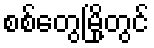
စစ်တွေမြို့တွင်